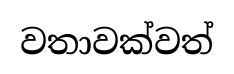
වතාවක්වත්